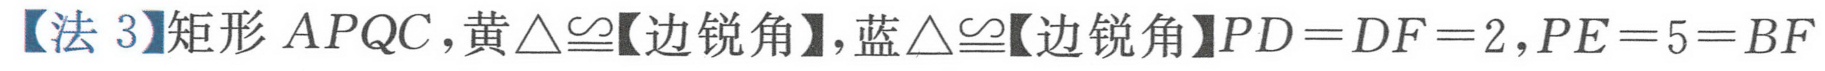
【法 3】矩形 \(APQC\)，黄\(\triangle\cong\)【边锐角】，蓝\(\triangle\cong\)【边锐角】\(PD = DF = 2\)，\(PE = 5 = BF\)